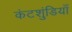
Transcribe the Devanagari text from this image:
कंटशुंडियाँ